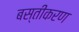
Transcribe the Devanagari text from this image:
बस्तीकरण